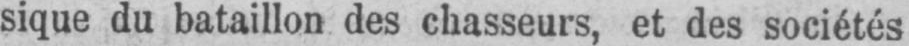
sique du bataillon des chasseurs, et des sociétés